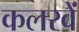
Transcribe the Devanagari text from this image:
कलरवें